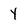
Character: y